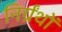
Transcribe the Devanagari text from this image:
निर्ग्रंथों